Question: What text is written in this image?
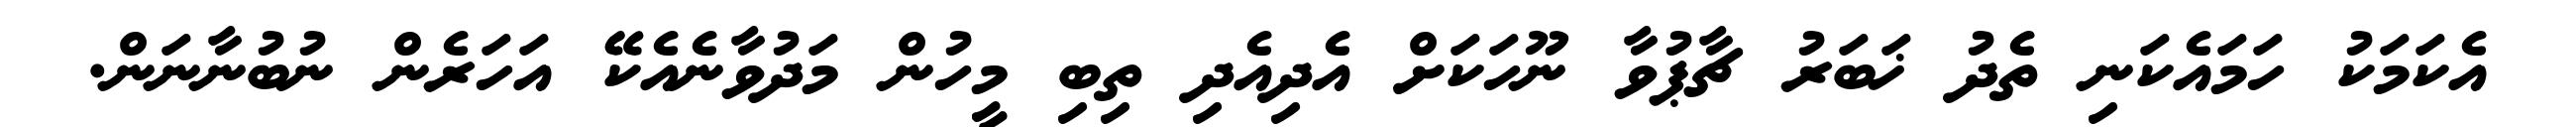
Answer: އެކަމަކު ހަމައެކަނި ތެދު ޚަބަރު ޗާޕުވާ ނޫހަކަށް އެދިއެދި ތިބި މީހުން މަދުވާނެއެކޭ އަހަރެން ނުބުނާނަން.